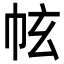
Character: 𢂄